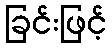
ခြင်းဖြင့်